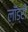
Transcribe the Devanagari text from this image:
लाॅड्री